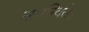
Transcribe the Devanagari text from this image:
समन्विते।